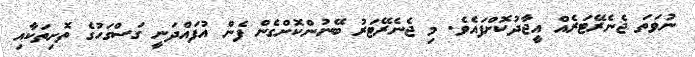
ނުވަތަ ޖެނެރޭޓަރެއް އީޖާދުކޮށްފައެވެ. މި ޖެނެރޭޓަރު ބޭނުންކޮށްގެން ފެން އުފައްދަނީ ގަސްގަހުގެ ތޮށިތަކާއި